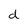
Character: d